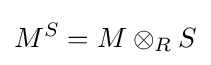
M^{S}=M\otimes _{R}S